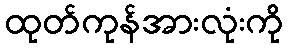
ထုတ်ကုန်အားလုံးကို